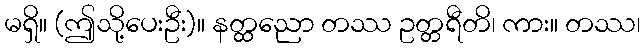
မရှိ။ (ဤသို့ပေးဦး)။ နတ္ထညော တဿ ဥတ္တရီတိ၊ ကား။ တဿ၊